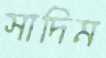
সাদিম